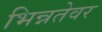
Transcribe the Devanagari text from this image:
भिन्नतेवर